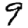
Digit: 9